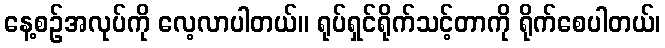
နေ့စဉ်အလုပ်ကို လေ့လာပါတယ်။ ရုပ်ရှင်ရိုက်သင့်တာကို ရိုက်စေပါတယ်၊